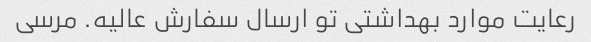
رعایت موارد بهداشتی تو ارسال سفارش عالیه. مرسی